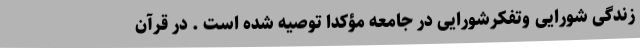
زندگی شورایی وتفکّرشورایی در جامعه مؤکّدا توصیه شده است . در قرآن